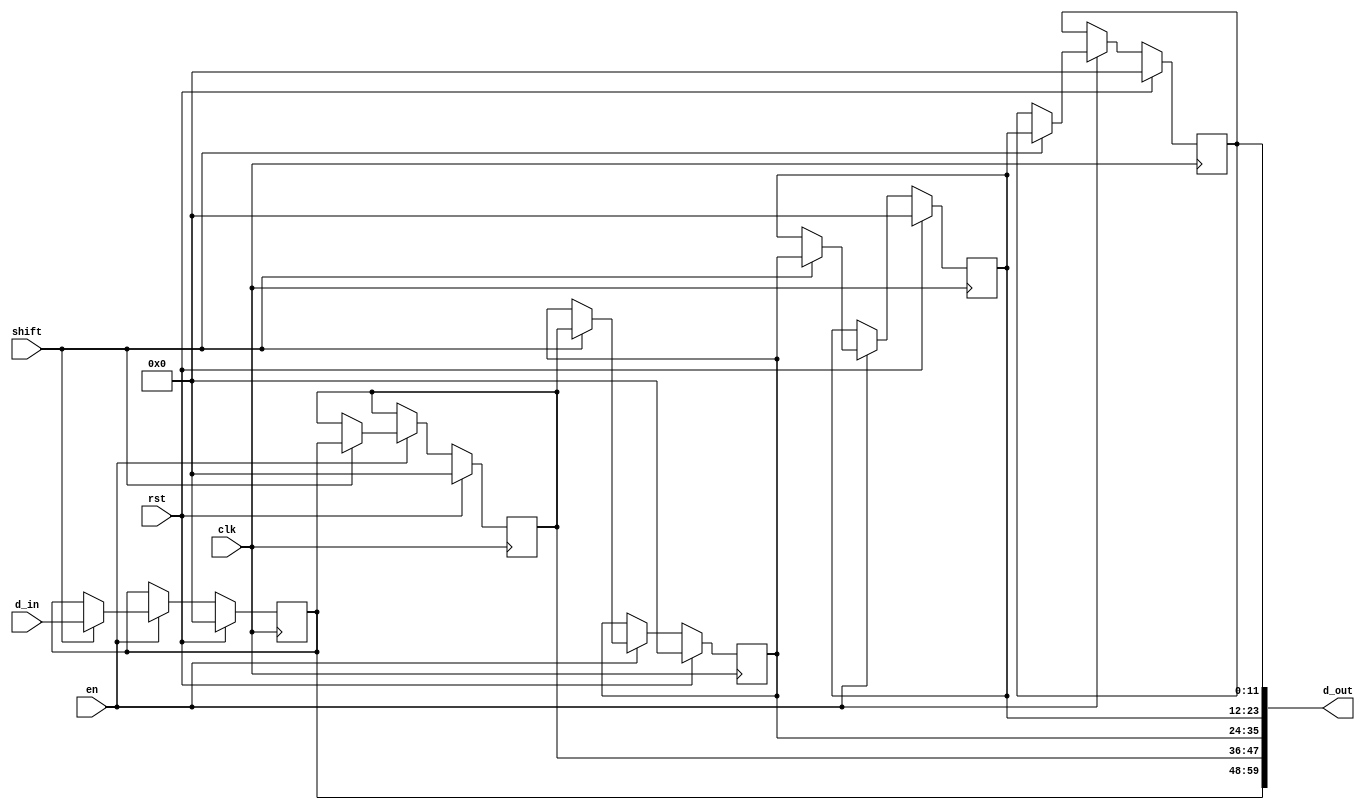
`timescale 1ns / 1ps
//////////////////////////////////////////////////////////////////////////////////
// Company: 
// Engineer: 
// 
// Design Name: 
// Module Name:    buffer1d 
// Project Name: 
// Target Devices: 
// Tool versions: 
// Description: 
//
// Dependencies: 
//
// Revision: 
// Revision 0.01 - File Created
// Additional Comments: 
//
//////////////////////////////////////////////////////////////////////////////////
module buffer1d
#(parameter DataBitWidth=12, parameter BufferSize=5,parameter CoeffBitWidth=8)
(
input clk,rst,en,shift,
//input [BufferSize*CoeffBitWidth-1:0] coeff,
input signed [DataBitWidth-1:0] d_in,
//output signed [DataBitWidth-1:0] d_out
output signed [BufferSize*DataBitWidth-1:0] d_out
);
reg signed [DataBitWidth-1:0] inp_mem [0:BufferSize-1];
//wire [CoeffBitWidth-1:0] coeff_mem [0:BufferSize-1];

genvar i,j,n;
generate
for ( i=0; i<=BufferSize-1; i=i+1)
     begin 
	  //assign coeff[i][j] = coeff[i*CoeffBitWidth+CoeffBitWidth-1:i*CoeffBitWidth];
	  assign d_out[i*DataBitWidth+DataBitWidth-1:i*DataBitWidth]=inp_mem[i];
	  end
endgenerate	

integer k;
always @(posedge clk)
if (rst)
    begin
	 for ( k=0;k<=BufferSize-1;k=k+1)
         begin
			inp_mem[k]<=0;
			end
	 end
else
     if (en)
	      begin
			if (shift)
			    begin
				 inp_mem[BufferSize-1]<=d_in;
				 for (k=0;k<=BufferSize-2;k=k+1)
				      inp_mem[k]=inp_mem[k+1];
				 end
			end
						
	 

endmodule